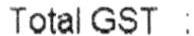
TOTAL GST :